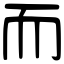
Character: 而